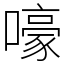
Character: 嚎